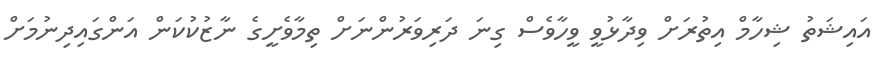
އައިޝަތު ޝިހާމް އިތުރަށް ވިދާޅުވީ ވީހާވެސް ގިނަ ދަރިވަރުންނަށް ތިމާވެށީގެ ނާޒުކުކަން އަންގައިދިނުމަށް